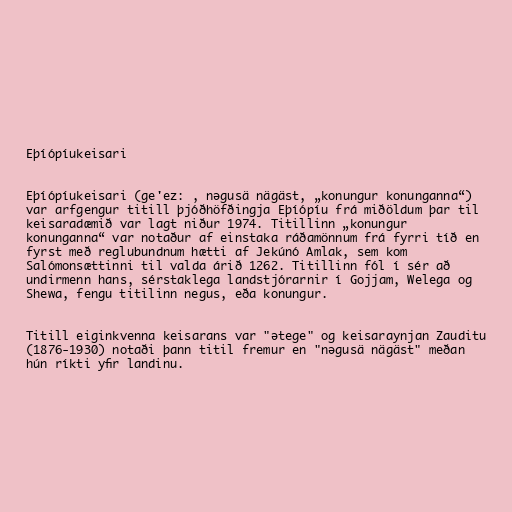
Eþíópíukeisari

Eþíópíukeisari (ge'ez: , nəgusä nägäst, „konungur konunganna“)
var arfgengur titill þjóðhöfðingja Eþíópíu frá miðöldum þar til
keisaradæmið var lagt niður 1974. Titillinn „konungur
konunganna“ var notaður af einstaka ráðamönnum frá fyrri tíð en
fyrst með reglubundnum hætti af Jekúnó Amlak, sem kom
Salómonsættinni til valda árið 1262. Titillinn fól í sér að
undirmenn hans, sérstaklega landstjórarnir í Gojjam, Welega og
Shewa, fengu titilinn negus, eða konungur.

Titill eiginkvenna keisarans var "ətege" og keisaraynjan Zauditu
(1876-1930) notaði þann titil fremur en "nəgusä nägäst" meðan
hún ríkti yfir landinu.